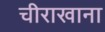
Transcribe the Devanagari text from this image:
चीराखाना